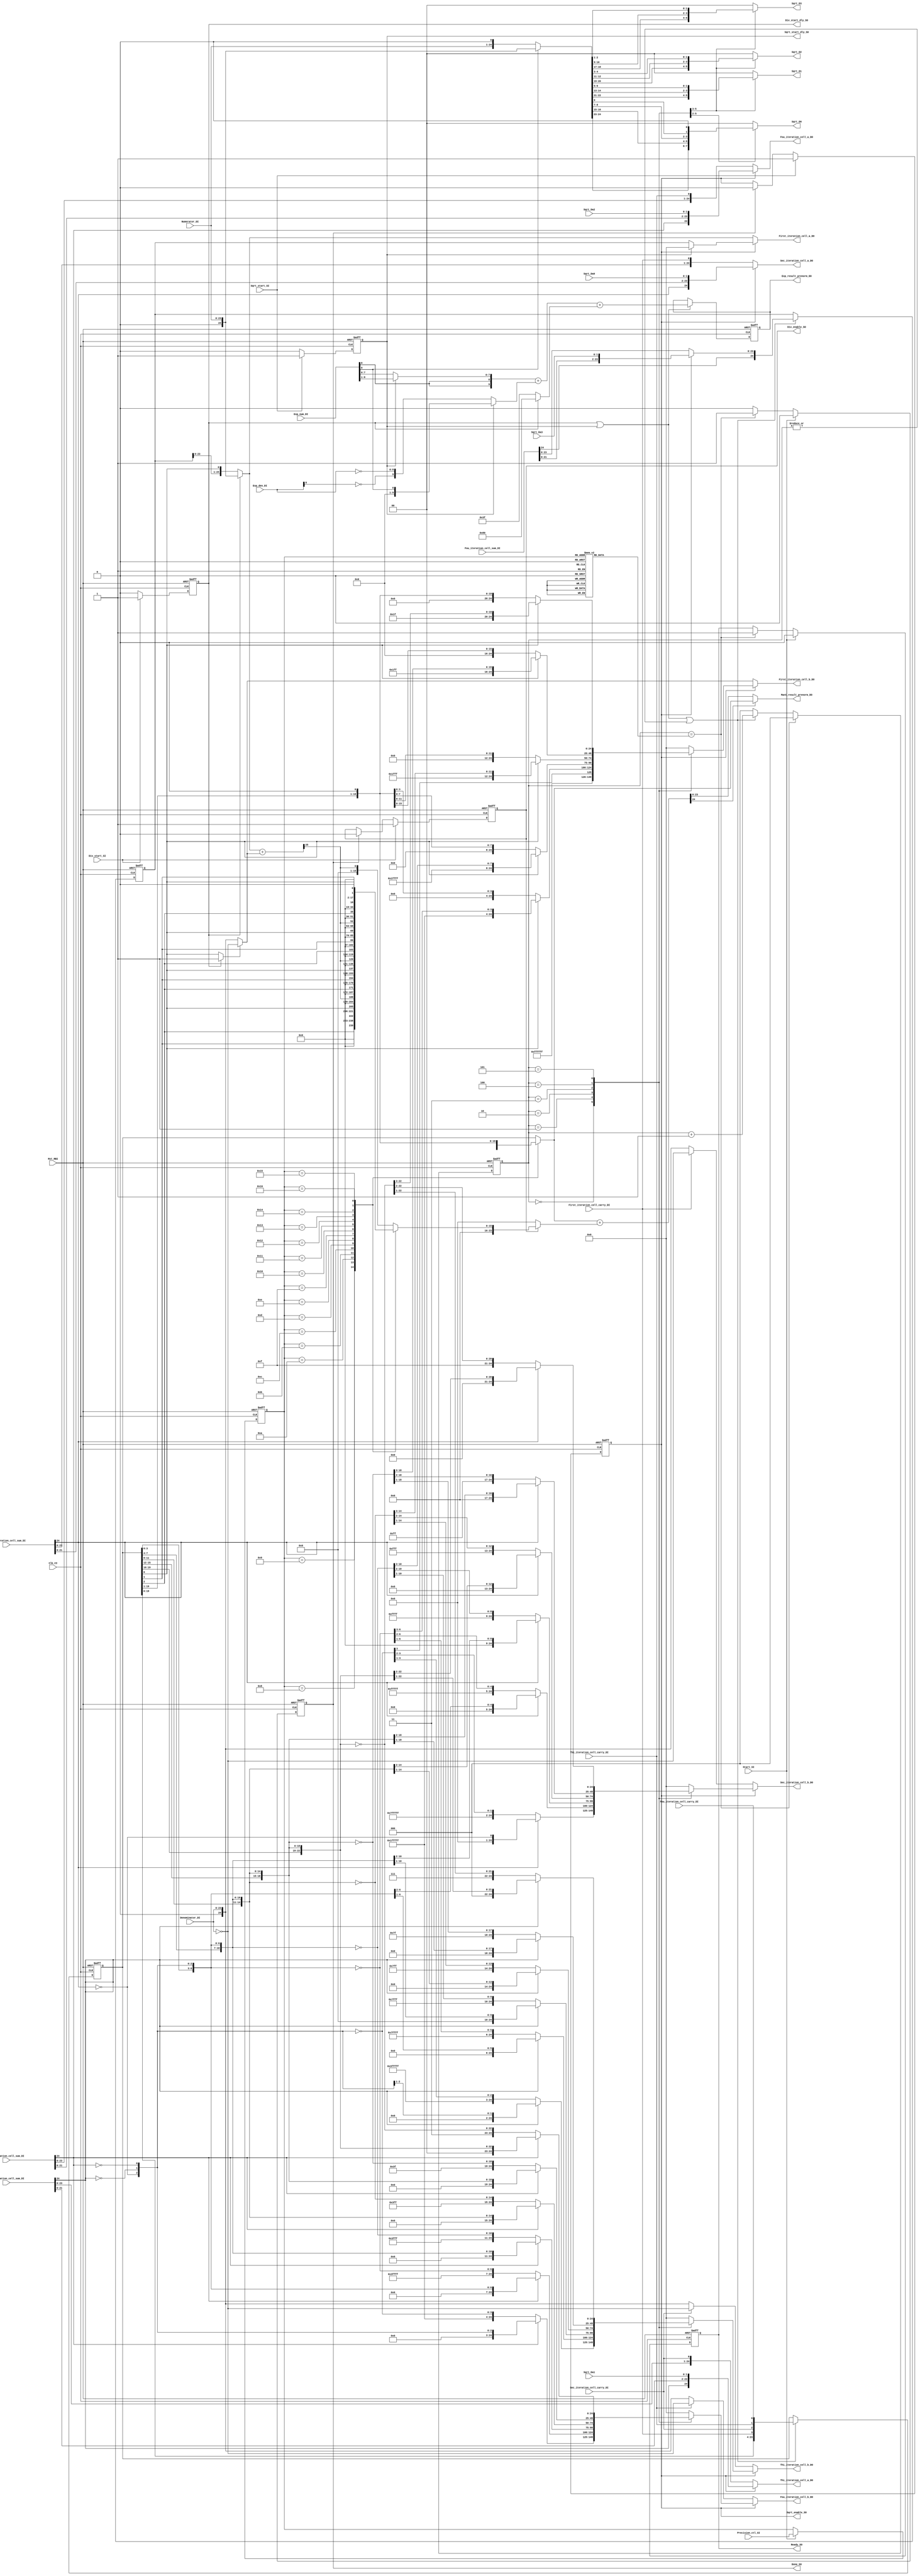
module control_tp 
#(
   parameter   Precision_ctl_Enable_S = 1
)
(
	Clk_CI,
	Rst_RBI,
	Div_start_SI,
	Sqrt_start_SI,
	Start_SI,
	Precision_ctl_SI,
	Numerator_DI,
	Exp_num_DI,
	Denominator_DI,
	Exp_den_DI,
	First_iteration_cell_sum_DI,
	First_iteration_cell_carry_DI,
	Sqrt_Da0,
	Sec_iteration_cell_sum_DI,
	Sec_iteration_cell_carry_DI,
	Sqrt_Da1,
	Thi_iteration_cell_sum_DI,
	Thi_iteration_cell_carry_DI,
	Sqrt_Da2,
	Fou_iteration_cell_sum_DI,
	Fou_iteration_cell_carry_DI,
	Sqrt_Da3,
	Div_start_dly_SO,
	Sqrt_start_dly_SO,
	Div_enable_SO,
	Sqrt_enable_SO,
	Sqrt_D0,
	Sqrt_D1,
	Sqrt_D2,
	Sqrt_D3,
	First_iteration_cell_a_DO,
	First_iteration_cell_b_DO,
	Sec_iteration_cell_a_DO,
	Sec_iteration_cell_b_DO,
	Thi_iteration_cell_a_DO,
	Thi_iteration_cell_b_DO,
	Fou_iteration_cell_a_DO,
	Fou_iteration_cell_b_DO,
	Ready_SO,
	Done_SO,
	Mant_result_prenorm_DO,
	Exp_result_prenorm_DO
);
parameter C_DIV_RM           = 2;
parameter C_DIV_RM_NEAREST   = 2'h0;
parameter C_DIV_RM_TRUNC     = 2'h1;
parameter C_DIV_RM_PLUSINF   = 2'h2;
parameter C_DIV_RM_MINUSINF  = 2'h3;
parameter C_DIV_PC           = 5;
parameter C_DIV_OP           = 32;
parameter C_DIV_MANT         = 23;
parameter C_DIV_EXP          = 8;
parameter C_DIV_BIAS         = 127;
parameter C_DIV_BIAS_AONE    = 8'h80;
parameter C_DIV_HALF_BIAS    = 63;
parameter C_DIV_MANT_PRENORM = C_DIV_MANT+1;
parameter C_DIV_EXP_ZERO     = 8'h00;
parameter C_DIV_EXP_ONE      = 8'h01;
parameter C_DIV_EXP_INF      = 8'hff;
parameter C_DIV_MANT_ZERO    = 23'h0;
parameter C_DIV_MANT_NAN     = 23'h400000;



parameter C_RM            = 2;
parameter C_RM_NEAREST    = 2'h0;
parameter C_RM_TRUNC      = 2'h1;
parameter C_RM_PLUSINF    = 2'h2;
parameter C_RM_MINUSINF   = 2'h3;
parameter C_PC            = 5;
parameter C_OP            = 32;
parameter C_MANT          = 23;
parameter C_EXP           = 8;
parameter C_BIAS          = 127;
parameter C_HALF_BIAS     = 63;
parameter C_LEADONE_WIDTH = 7;
parameter C_MANT_PRENORM  = C_MANT+1;
parameter C_EXP_ZERO      = 8'h00;
parameter C_EXP_ONE       = 8'h01;
parameter C_EXP_INF       = 8'hff;
parameter C_MANT_ZERO     = 23'h0;
parameter C_MANT_NAN      = 23'h400000;

parameter C_CMD               = 4;
parameter C_FPU_ADD_CMD       = 4'h0;
parameter C_FPU_SUB_CMD       = 4'h1;
parameter C_FPU_MUL_CMD       = 4'h2;
parameter C_FPU_DIV_CMD       = 4'h3;
parameter C_FPU_I2F_CMD       = 4'h4;
parameter C_FPU_F2I_CMD       = 4'h5;
parameter C_FPU_SQRT_CMD      = 4'h6;
parameter C_FPU_NOP_CMD       = 4'h7;
parameter C_FPU_FMADD_CMD     = 4'h8;
parameter C_FPU_FMSUB_CMD     = 4'h9;
parameter C_FPU_FNMADD_CMD    = 4'hA;
parameter C_FPU_FNMSUB_CMD    = 4'hB;
parameter C_RM_NEAREST_MAX = 3'h4;
parameter C_EXP_PRENORM  = C_EXP+2;
parameter C_MANT_ADDIN   = C_MANT+4;
parameter C_MANT_ADDOUT  = C_MANT+5;
parameter C_MANT_SHIFTIN = C_MANT+3;
parameter C_MANT_SHIFTED = C_MANT+4;
parameter C_MANT_INT     = C_OP-1;
parameter C_INF          = 32'h7fffffff;
parameter C_MINF         = 32'h80000000;
parameter C_EXP_SHIFT    = C_EXP_PRENORM;
parameter C_SHIFT_BIAS   = 9'd127;
parameter C_UNKNOWN      = 8'd157;
parameter C_PADMANT      = 16'b0;
parameter C_MANT_NoHB_ZERO   = 23'h0;
parameter C_MANT_PRENORM_IND = 6;
parameter F_QNAN         =32'h7FC00000;
parameter C_FFLAG         = 5;
	//parameter Precision_ctl_Enable_S = 1;
	input wire Clk_CI;
	input wire Rst_RBI;
	input wire Div_start_SI;
	input wire Sqrt_start_SI;
	input wire Start_SI;
	input wire [C_DIV_PC - 1:0] Precision_ctl_SI;
	input wire [C_DIV_MANT:0] Numerator_DI;
	input wire [C_DIV_EXP:0] Exp_num_DI;
	input wire [C_DIV_MANT:0] Denominator_DI;
	input wire [C_DIV_EXP:0] Exp_den_DI;
	input wire [C_DIV_MANT + 1:0] First_iteration_cell_sum_DI;
	input wire First_iteration_cell_carry_DI;
	input wire [1:0] Sqrt_Da0;
	input wire [C_DIV_MANT + 1:0] Sec_iteration_cell_sum_DI;
	input wire Sec_iteration_cell_carry_DI;
	input wire [1:0] Sqrt_Da1;
	input wire [C_DIV_MANT + 1:0] Thi_iteration_cell_sum_DI;
	input wire Thi_iteration_cell_carry_DI;
	input wire [1:0] Sqrt_Da2;
	input wire [C_DIV_MANT + 1:0] Fou_iteration_cell_sum_DI;
	input wire Fou_iteration_cell_carry_DI;
	input wire [1:0] Sqrt_Da3;
	output wire Div_start_dly_SO;
	output wire Sqrt_start_dly_SO;
	output reg Div_enable_SO;
	output reg Sqrt_enable_SO;
	output reg [1:0] Sqrt_D0;
	output reg [1:0] Sqrt_D1;
	output reg [1:0] Sqrt_D2;
	output reg [1:0] Sqrt_D3;
	output wire [C_DIV_MANT + 1:0] First_iteration_cell_a_DO;
	output wire [C_DIV_MANT + 1:0] First_iteration_cell_b_DO;
	output wire [C_DIV_MANT + 1:0] Sec_iteration_cell_a_DO;
	output wire [C_DIV_MANT + 1:0] Sec_iteration_cell_b_DO;
	output wire [C_DIV_MANT + 1:0] Thi_iteration_cell_a_DO;
	output wire [C_DIV_MANT + 1:0] Thi_iteration_cell_b_DO;
	output wire [C_DIV_MANT + 1:0] Fou_iteration_cell_a_DO;
	output wire [C_DIV_MANT + 1:0] Fou_iteration_cell_b_DO;
	output reg Ready_SO;
	output reg Done_SO;
	output wire [C_DIV_MANT:0] Mant_result_prenorm_DO;
	output wire [C_DIV_EXP + 1:0] Exp_result_prenorm_DO;
	reg [C_DIV_MANT + 1:0] Partial_remainder_DN;
	reg [C_DIV_MANT + 1:0] Partial_remainder_DP;
	reg [C_DIV_MANT:0] Quotient_DP;
	wire [C_DIV_MANT + 1:0] Numerator_se_D;
	wire [C_DIV_MANT + 1:0] Denominator_se_D;
	wire [C_DIV_MANT + 1:0] Denominator_se_DB;
	assign Numerator_se_D = {1'b0, Numerator_DI};
	assign Denominator_se_D = {1'b0, Denominator_DI};
	assign Denominator_se_DB = ~Denominator_se_D;
	wire [C_DIV_MANT + 1:0] Mant_D_sqrt_Norm;
	assign Mant_D_sqrt_Norm = (Exp_num_DI[0] ? {1'b0, Numerator_DI} : {Numerator_DI, 1'b0});
	reg [C_DIV_PC - 1:0] Precision_ctl_S;
	always @(posedge Clk_CI or negedge Rst_RBI)
		if (~Rst_RBI)
			Precision_ctl_S <= 'b0;
		else if (Start_SI) begin
			if (Precision_ctl_Enable_S == 1)
				Precision_ctl_S <= Precision_ctl_SI;
			else
				Precision_ctl_S <= 5'b10111;
		end
		else
			Precision_ctl_S <= Precision_ctl_S;
	reg [2:0] State_ctl_S;
	always @(*)
		if (Precision_ctl_Enable_S == 1)
			case (Precision_ctl_S)
				5'b01000, 5'b01001, 5'b01010, 5'b01011: State_ctl_S <= 3'b010;
				5'b01100, 5'b01101, 5'b01110, 5'b01111: State_ctl_S <= 3'b011;
				5'b10000, 5'b10001, 5'b10010, 5'b10011: State_ctl_S <= 3'b100;
				5'b10100, 5'b10101, 5'b10110, 5'b10111: State_ctl_S <= 3'b101;
				default: State_ctl_S <= 3'b101;
			endcase
		else
			State_ctl_S <= 3'b101;
	reg Div_start_dly_S;
	always @(posedge Clk_CI or negedge Rst_RBI)
		if (~Rst_RBI)
			Div_start_dly_S <= 1'b0;
		else if (Div_start_SI)
			Div_start_dly_S <= 1'b1;
		else
			Div_start_dly_S <= 1'b0;
	assign Div_start_dly_SO = Div_start_dly_S;
	always @(posedge Clk_CI or negedge Rst_RBI)
		if (~Rst_RBI)
			Div_enable_SO <= 1'b0;
		else if (Div_start_SI)
			Div_enable_SO <= 1'b1;
		else if (Done_SO)
			Div_enable_SO <= 1'b0;
		else
			Div_enable_SO <= Div_enable_SO;
	reg Sqrt_start_dly_S;
	always @(posedge Clk_CI or negedge Rst_RBI)
		if (~Rst_RBI)
			Sqrt_start_dly_S <= 1'b0;
		else if (Sqrt_start_SI)
			Sqrt_start_dly_S <= 1'b1;
		else
			Sqrt_start_dly_S <= 1'b0;
	assign Sqrt_start_dly_SO = Sqrt_start_dly_S;
	always @(posedge Clk_CI or negedge Rst_RBI)
		if (~Rst_RBI)
			Sqrt_enable_SO <= 1'b0;
		else if (Sqrt_start_SI)
			Sqrt_enable_SO <= 1'b1;
		else if (Done_SO)
			Sqrt_enable_SO <= 1'b0;
		else
			Sqrt_enable_SO <= Sqrt_enable_SO;
	reg [2:0] Crtl_cnt_S;
	wire Start_dly_S;
	assign Start_dly_S = Div_start_dly_S | Sqrt_start_dly_S;
	wire Fsm_enable_S;
	assign Fsm_enable_S = Start_dly_S | |Crtl_cnt_S[2:0];
	wire Final_state_S;
	assign Final_state_S = Crtl_cnt_S == State_ctl_S;
	always @(posedge Clk_CI or negedge Rst_RBI)
		if (~Rst_RBI)
			Crtl_cnt_S <= 1'sb0;
		else if (Final_state_S)
			Crtl_cnt_S <= 1'sb0;
		else if (Fsm_enable_S)
			Crtl_cnt_S <= Crtl_cnt_S + 1;
		else
			Crtl_cnt_S <= 1'sb0;
	always @(posedge Clk_CI or negedge Rst_RBI)
		if (~Rst_RBI)
			Done_SO <= 1'b0;
		else if (Start_SI)
			Done_SO <= 1'b0;
		else if (Final_state_S)
			Done_SO <= 1'b1;
		else
			Done_SO <= 1'b0;
	always @(posedge Clk_CI or negedge Rst_RBI)
		if (~Rst_RBI)
			Ready_SO <= 1'b1;
		else if (Start_SI)
			Ready_SO <= 1'b0;
		else if (Final_state_S)
			Ready_SO <= 1'b1;
		else
			Ready_SO <= Ready_SO;
	wire [C_DIV_MANT + 1:0] Sqrt_R0;
	wire [C_DIV_MANT + 1:0] Sqrt_R1;
	wire [C_DIV_MANT + 1:0] Sqrt_R2;
	wire [C_DIV_MANT + 1:0] Sqrt_R3;
	wire [C_DIV_MANT + 1:0] Sqrt_R4;
	wire [3:0] Qcnt0;
	wire [3:0] Q_cnt_cmp_0;
	wire [6:0] Qcnt1;
	wire [6:0] Q_cnt_cmp_1;
	wire [10:0] Qcnt2;
	wire [10:0] Q_cnt_cmp_2;
	wire [14:0] Qcnt3;
	wire [14:0] Q_cnt_cmp_3;
	wire [18:0] Qcnt4;
	wire [18:0] Q_cnt_cmp_4;
	wire [22:0] Qcnt5;
	wire [22:0] Q_cnt_cmp_5;
	reg [C_DIV_MANT + 1:0] Sqrt_Q0;
	reg [C_DIV_MANT + 1:0] Sqrt_Q1;
	reg [C_DIV_MANT + 1:0] Sqrt_Q2;
	reg [C_DIV_MANT + 1:0] Sqrt_Q3;
	wire [C_DIV_MANT + 1:0] Sqrt_Q4;
	reg [C_DIV_MANT + 1:0] Q_sqrt0;
	reg [C_DIV_MANT + 1:0] Q_sqrt1;
	reg [C_DIV_MANT + 1:0] Q_sqrt2;
	reg [C_DIV_MANT + 1:0] Q_sqrt3;
	reg [C_DIV_MANT + 1:0] Q_sqrt4;
	reg [C_DIV_MANT + 1:0] Q_sqrt_com_0;
	reg [C_DIV_MANT + 1:0] Q_sqrt_com_1;
	reg [C_DIV_MANT + 1:0] Q_sqrt_com_2;
	reg [C_DIV_MANT + 1:0] Q_sqrt_com_3;
	reg [C_DIV_MANT + 1:0] Q_sqrt_com_4;
	assign Qcnt0 = {1'b0, ~First_iteration_cell_sum_DI[24], ~Sec_iteration_cell_sum_DI[24], ~Thi_iteration_cell_sum_DI[24]};
	assign Qcnt1 = {Quotient_DP[3:0], ~First_iteration_cell_sum_DI[24], ~Sec_iteration_cell_sum_DI[24], ~Thi_iteration_cell_sum_DI[24]};
	assign Qcnt2 = {Quotient_DP[7:0], ~First_iteration_cell_sum_DI[24], ~Sec_iteration_cell_sum_DI[24], ~Thi_iteration_cell_sum_DI[24]};
	assign Qcnt3 = {Quotient_DP[11:0], ~First_iteration_cell_sum_DI[24], ~Sec_iteration_cell_sum_DI[24], ~Thi_iteration_cell_sum_DI[24]};
	assign Qcnt4 = {Quotient_DP[15:0], ~First_iteration_cell_sum_DI[24], ~Sec_iteration_cell_sum_DI[24], ~Thi_iteration_cell_sum_DI[24]};
	assign Qcnt5 = {Quotient_DP[19:0], ~First_iteration_cell_sum_DI[24], ~Sec_iteration_cell_sum_DI[24], ~Thi_iteration_cell_sum_DI[24]};
	assign Q_cnt_cmp_0 = ~Qcnt0;
	assign Q_cnt_cmp_1 = ~Qcnt1;
	assign Q_cnt_cmp_2 = ~Qcnt2;
	assign Q_cnt_cmp_3 = ~Qcnt3;
	assign Q_cnt_cmp_4 = ~Qcnt4;
	assign Q_cnt_cmp_5 = ~Qcnt5;
	always @(*)
		case (Crtl_cnt_S)
			3'b000: begin
				Sqrt_D0 = Mant_D_sqrt_Norm[C_DIV_MANT + 1:C_DIV_MANT];
				Sqrt_D1 = Mant_D_sqrt_Norm[C_DIV_MANT - 1:C_DIV_MANT - 2];
				Sqrt_D2 = Mant_D_sqrt_Norm[C_DIV_MANT - 3:C_DIV_MANT - 4];
				Sqrt_D3 = Mant_D_sqrt_Norm[C_DIV_MANT - 5:C_DIV_MANT - 6];
				Q_sqrt0 = {24'h000000, Qcnt0[3]};
				Q_sqrt1 = {23'h000000, Qcnt0[3:2]};
				Q_sqrt2 = {22'h000000, Qcnt0[3:1]};
				Q_sqrt3 = {21'h000000, Qcnt0[3:0]};
				Q_sqrt_com_0 = {24'hffffff, Q_cnt_cmp_0[3]};
				Q_sqrt_com_1 = {23'h7fffff, Q_cnt_cmp_0[3:2]};
				Q_sqrt_com_2 = {22'h3fffff, Q_cnt_cmp_0[3:1]};
				Q_sqrt_com_3 = {21'h1fffff, Q_cnt_cmp_0[3:0]};
				Sqrt_Q0 = Q_sqrt_com_0;
				Sqrt_Q1 = (First_iteration_cell_sum_DI[24] ? Q_sqrt1 : Q_sqrt_com_1);
				Sqrt_Q2 = (Sec_iteration_cell_sum_DI[24] ? Q_sqrt2 : Q_sqrt_com_2);
				Sqrt_Q3 = (Thi_iteration_cell_sum_DI[24] ? Q_sqrt3 : Q_sqrt_com_3);
			end
			3'b001: begin
				Sqrt_D0 = Mant_D_sqrt_Norm[C_DIV_MANT - 7:C_DIV_MANT - 8];
				Sqrt_D1 = Mant_D_sqrt_Norm[C_DIV_MANT - 9:C_DIV_MANT - 10];
				Sqrt_D2 = Mant_D_sqrt_Norm[C_DIV_MANT - 11:C_DIV_MANT - 12];
				Sqrt_D3 = Mant_D_sqrt_Norm[C_DIV_MANT - 13:C_DIV_MANT - 14];
				Q_sqrt0 = {21'h000000, Qcnt1[6:3]};
				Q_sqrt1 = {20'h00000, Qcnt1[6:2]};
				Q_sqrt2 = {19'h00000, Qcnt1[6:1]};
				Q_sqrt3 = {18'h00000, Qcnt1[6:0]};
				Q_sqrt_com_0 = {21'h1fffff, Q_cnt_cmp_1[6:3]};
				Q_sqrt_com_1 = {20'hfffff, Q_cnt_cmp_1[6:2]};
				Q_sqrt_com_2 = {19'h7ffff, Q_cnt_cmp_1[6:1]};
				Q_sqrt_com_3 = {18'h3ffff, Q_cnt_cmp_1[6:0]};
				Sqrt_Q0 = (Quotient_DP[0] ? Q_sqrt_com_0 : Q_sqrt0);
				Sqrt_Q1 = (First_iteration_cell_sum_DI[24] ? Q_sqrt1 : Q_sqrt_com_1);
				Sqrt_Q2 = (Sec_iteration_cell_sum_DI[24] ? Q_sqrt2 : Q_sqrt_com_2);
				Sqrt_Q3 = (Thi_iteration_cell_sum_DI[24] ? Q_sqrt3 : Q_sqrt_com_3);
			end
			3'b010: begin
				Sqrt_D0 = Mant_D_sqrt_Norm[C_DIV_MANT - 15:C_DIV_MANT - 16];
				Sqrt_D1 = Mant_D_sqrt_Norm[C_DIV_MANT - 17:C_DIV_MANT - 18];
				Sqrt_D2 = Mant_D_sqrt_Norm[C_DIV_MANT - 19:C_DIV_MANT - 20];
				Sqrt_D3 = Mant_D_sqrt_Norm[C_DIV_MANT - 21:C_DIV_MANT - 22];
				Q_sqrt0 = {17'h00000, Qcnt2[10:3]};
				Q_sqrt1 = {16'h0000, Qcnt2[10:2]};
				Q_sqrt2 = {15'h0000, Qcnt2[10:1]};
				Q_sqrt3 = {14'h0000, Qcnt2[10:0]};
				Q_sqrt_com_0 = {17'h1ffff, Q_cnt_cmp_2[10:3]};
				Q_sqrt_com_1 = {16'hffff, Q_cnt_cmp_2[10:2]};
				Q_sqrt_com_2 = {15'h7fff, Q_cnt_cmp_2[10:1]};
				Q_sqrt_com_3 = {14'h3fff, Q_cnt_cmp_2[10:0]};
				Sqrt_Q0 = (Quotient_DP[0] ? Q_sqrt_com_0 : Q_sqrt0);
				Sqrt_Q1 = (First_iteration_cell_sum_DI[24] ? Q_sqrt1 : Q_sqrt_com_1);
				Sqrt_Q2 = (Sec_iteration_cell_sum_DI[24] ? Q_sqrt2 : Q_sqrt_com_2);
				Sqrt_Q3 = (Thi_iteration_cell_sum_DI[24] ? Q_sqrt3 : Q_sqrt_com_3);
			end
			3'b011: begin
				Sqrt_D0 = {Mant_D_sqrt_Norm[0], 1'b0};
				Sqrt_D1 = 1'sb0;
				Sqrt_D2 = 1'sb0;
				Sqrt_D3 = 1'sb0;
				Q_sqrt0 = {13'h0000, Qcnt3[14:3]};
				Q_sqrt1 = {12'h000, Qcnt3[14:2]};
				Q_sqrt2 = {11'h000, Qcnt3[14:1]};
				Q_sqrt3 = {10'h000, Qcnt3[14:0]};
				Q_sqrt_com_0 = {13'h1fff, Q_cnt_cmp_3[14:3]};
				Q_sqrt_com_1 = {12'hfff, Q_cnt_cmp_3[14:2]};
				Q_sqrt_com_2 = {11'h7ff, Q_cnt_cmp_3[14:1]};
				Q_sqrt_com_3 = {10'h3ff, Q_cnt_cmp_3[14:0]};
				Sqrt_Q0 = (Quotient_DP[0] ? Q_sqrt_com_0 : Q_sqrt0);
				Sqrt_Q1 = (First_iteration_cell_sum_DI[24] ? Q_sqrt1 : Q_sqrt_com_1);
				Sqrt_Q2 = (Sec_iteration_cell_sum_DI[24] ? Q_sqrt2 : Q_sqrt_com_2);
				Sqrt_Q3 = (Thi_iteration_cell_sum_DI[24] ? Q_sqrt3 : Q_sqrt_com_3);
			end
			3'b100: begin
				Sqrt_D0 = 1'sb0;
				Sqrt_D1 = 1'sb0;
				Sqrt_D2 = 1'sb0;
				Sqrt_D3 = 1'sb0;
				Q_sqrt0 = {9'h000, Qcnt4[18:3]};
				Q_sqrt1 = {8'h00, Qcnt4[18:2]};
				Q_sqrt2 = {7'h00, Qcnt4[18:1]};
				Q_sqrt3 = {6'h00, Qcnt4[18:0]};
				Q_sqrt_com_0 = {9'h1ff, Q_cnt_cmp_4[18:3]};
				Q_sqrt_com_1 = {8'hff, Q_cnt_cmp_4[18:2]};
				Q_sqrt_com_2 = {7'h7f, Q_cnt_cmp_4[18:1]};
				Q_sqrt_com_3 = {6'h3f, Q_cnt_cmp_4[18:0]};
				Sqrt_Q0 = (Quotient_DP[0] ? Q_sqrt_com_0 : Q_sqrt0);
				Sqrt_Q1 = (First_iteration_cell_sum_DI[24] ? Q_sqrt1 : Q_sqrt_com_1);
				Sqrt_Q2 = (Sec_iteration_cell_sum_DI[24] ? Q_sqrt2 : Q_sqrt_com_2);
				Sqrt_Q3 = (Thi_iteration_cell_sum_DI[24] ? Q_sqrt3 : Q_sqrt_com_3);
			end
			3'b101: begin
				Sqrt_D0 = 1'sb0;
				Sqrt_D1 = 1'sb0;
				Sqrt_D2 = 1'sb0;
				Sqrt_D3 = 1'sb0;
				Q_sqrt0 = {5'h00, Qcnt5[22:3]};
				Q_sqrt1 = {4'h0, Qcnt5[22:2]};
				Q_sqrt2 = {3'h0, Qcnt5[22:1]};
				Q_sqrt3 = {2'h0, Qcnt5[22:0]};
				Q_sqrt_com_0 = {5'h1f, Q_cnt_cmp_5[22:3]};
				Q_sqrt_com_1 = {4'hf, Q_cnt_cmp_5[22:2]};
				Q_sqrt_com_2 = {3'h7, Q_cnt_cmp_5[22:1]};
				Q_sqrt_com_3 = {2'h3, Q_cnt_cmp_5[22:0]};
				Sqrt_Q0 = (Quotient_DP[0] ? Q_sqrt_com_0 : Q_sqrt0);
				Sqrt_Q1 = (First_iteration_cell_sum_DI[24] ? Q_sqrt1 : Q_sqrt_com_1);
				Sqrt_Q2 = (Sec_iteration_cell_sum_DI[24] ? Q_sqrt2 : Q_sqrt_com_2);
				Sqrt_Q3 = (Thi_iteration_cell_sum_DI[24] ? Q_sqrt3 : Q_sqrt_com_3);
			end
			default: begin
				Sqrt_D0 = 1'sb0;
				Sqrt_D1 = 1'sb0;
				Sqrt_D2 = 1'sb0;
				Sqrt_D3 = 1'sb0;
				Q_sqrt0 = 1'sb0;
				Q_sqrt1 = 1'sb0;
				Q_sqrt2 = 1'sb0;
				Q_sqrt3 = 1'sb0;
				Q_sqrt4 = 1'sb0;
				Q_sqrt_com_0 = 1'sb0;
				Q_sqrt_com_1 = 1'sb0;
				Q_sqrt_com_2 = 1'sb0;
				Q_sqrt_com_3 = 1'sb0;
				Q_sqrt_com_4 = 1'sb0;
				Sqrt_Q0 = 1'sb0;
				Sqrt_Q1 = 1'sb0;
				Sqrt_Q2 = 1'sb0;
				Sqrt_Q3 = 1'sb0;
			end
		endcase
	assign Sqrt_R0 = (Sqrt_start_dly_S ? {((C_DIV_MANT + 1) >= 0 ? C_DIV_MANT + 2 : 1 - (C_DIV_MANT + 1)) {1'sb0}} : Partial_remainder_DP);
	assign Sqrt_R1 = {First_iteration_cell_sum_DI[24], First_iteration_cell_sum_DI[21:0], Sqrt_Da0};
	assign Sqrt_R2 = {Sec_iteration_cell_sum_DI[24], Sec_iteration_cell_sum_DI[21:0], Sqrt_Da1};
	assign Sqrt_R3 = {Thi_iteration_cell_sum_DI[24], Thi_iteration_cell_sum_DI[21:0], Sqrt_Da2};
	assign Sqrt_R4 = {Fou_iteration_cell_sum_DI[24], Fou_iteration_cell_sum_DI[21:0], Sqrt_Da3};
	wire [C_DIV_MANT + 1:0] First_iteration_cell_div_a_D;
	wire [C_DIV_MANT + 1:0] First_iteration_cell_div_b_D;
	wire Sel_b_for_first_S;
	assign First_iteration_cell_div_a_D = (Div_start_dly_S ? Numerator_se_D : {Partial_remainder_DP[C_DIV_MANT:0], Quotient_DP[0]});
	assign Sel_b_for_first_S = (Div_start_dly_S ? 1 : Quotient_DP[0]);
	assign First_iteration_cell_div_b_D = (Sel_b_for_first_S ? Denominator_se_DB : Denominator_se_D);
	assign First_iteration_cell_a_DO = (Sqrt_enable_SO ? Sqrt_R0 : First_iteration_cell_div_a_D);
	assign First_iteration_cell_b_DO = (Sqrt_enable_SO ? Sqrt_Q0 : First_iteration_cell_div_b_D);
	wire [C_DIV_MANT + 1:0] Sec_iteration_cell_div_a_D;
	wire [C_DIV_MANT + 1:0] Sec_iteration_cell_div_b_D;
	wire Sel_b_for_sec_S;
	assign Sec_iteration_cell_div_a_D = {First_iteration_cell_sum_DI[C_DIV_MANT:0], First_iteration_cell_carry_DI};
	assign Sel_b_for_sec_S = First_iteration_cell_carry_DI;
	assign Sec_iteration_cell_div_b_D = (Sel_b_for_sec_S ? Denominator_se_DB : Denominator_se_D);
	assign Sec_iteration_cell_a_DO = (Sqrt_enable_SO ? Sqrt_R1 : Sec_iteration_cell_div_a_D);
	assign Sec_iteration_cell_b_DO = (Sqrt_enable_SO ? Sqrt_Q1 : Sec_iteration_cell_div_b_D);
	wire [C_DIV_MANT + 1:0] Thi_iteration_cell_div_a_D;
	wire [C_DIV_MANT + 1:0] Thi_iteration_cell_div_b_D;
	wire Sel_b_for_thi_S;
	assign Thi_iteration_cell_div_a_D = {Sec_iteration_cell_sum_DI[C_DIV_MANT:0], Sec_iteration_cell_carry_DI};
	assign Sel_b_for_thi_S = Sec_iteration_cell_carry_DI;
	assign Thi_iteration_cell_div_b_D = (Sel_b_for_thi_S ? Denominator_se_DB : Denominator_se_D);
	assign Thi_iteration_cell_a_DO = (Sqrt_enable_SO ? Sqrt_R2 : Thi_iteration_cell_div_a_D);
	assign Thi_iteration_cell_b_DO = (Sqrt_enable_SO ? Sqrt_Q2 : Thi_iteration_cell_div_b_D);
	wire [C_DIV_MANT + 1:0] Fou_iteration_cell_div_a_D;
	wire [C_DIV_MANT + 1:0] Fou_iteration_cell_div_b_D;
	wire Sel_b_for_fou_S;
	assign Fou_iteration_cell_div_a_D = {Thi_iteration_cell_sum_DI[C_DIV_MANT:0], Thi_iteration_cell_carry_DI};
	assign Sel_b_for_fou_S = Thi_iteration_cell_carry_DI;
	assign Fou_iteration_cell_div_b_D = (Sel_b_for_fou_S ? Denominator_se_DB : Denominator_se_D);
	assign Fou_iteration_cell_a_DO = (Sqrt_enable_SO ? Sqrt_R3 : Fou_iteration_cell_div_a_D);
	assign Fou_iteration_cell_b_DO = (Sqrt_enable_SO ? Sqrt_Q3 : Fou_iteration_cell_div_b_D);
	always @(*)
		if (Fsm_enable_S)
			Partial_remainder_DN = (Sqrt_enable_SO ? Sqrt_R4 : Fou_iteration_cell_sum_DI);
		else
			Partial_remainder_DN = Partial_remainder_DP;
	always @(posedge Clk_CI or negedge Rst_RBI)
		if (~Rst_RBI)
			Partial_remainder_DP <= 1'sb0;
		else
			Partial_remainder_DP <= Partial_remainder_DN;
	reg [C_DIV_MANT:0] Quotient_DN;
	always @(*)
		if (Fsm_enable_S)
			Quotient_DN = {Quotient_DP[C_DIV_MANT - 4:0], First_iteration_cell_carry_DI, Sec_iteration_cell_carry_DI, Thi_iteration_cell_carry_DI, Fou_iteration_cell_carry_DI};
		else
			Quotient_DN = Quotient_DP;
	always @(posedge Clk_CI or negedge Rst_RBI)
		if (~Rst_RBI)
			Quotient_DP <= 1'sb0;
		else
			Quotient_DP <= Quotient_DN;
	wire Msc_D;
	wire [C_DIV_MANT + 1:0] Sum_msc_D;
	assign {Msc_D, Sum_msc_D} = First_iteration_cell_div_a_D + First_iteration_cell_div_b_D;
	reg [C_DIV_MANT:0] Mant_result_prenorm_noncorrect_D;
	reg [C_DIV_MANT:0] Msc_forcorrect_D;
	wire [C_DIV_MANT + 1:0] Mant_result_prenorm_correct_D;
	always @(*)
		if (Precision_ctl_Enable_S == 1)
			case (Precision_ctl_S)
				5'b01000: begin
					Mant_result_prenorm_noncorrect_D = {Quotient_DP[C_DIV_MANT - 12:3], 15'b000000000000000};
					Msc_forcorrect_D = {8'b00000000, Quotient_DP[2], 15'b000000000000000};
				end
				5'b01001: begin
					Mant_result_prenorm_noncorrect_D = {Quotient_DP[C_DIV_MANT - 12:2], 14'b00000000000000};
					Msc_forcorrect_D = {9'b000000000, Quotient_DP[1], 14'b00000000000000};
				end
				5'b01010: begin
					Mant_result_prenorm_noncorrect_D = {Quotient_DP[C_DIV_MANT - 12:1], 13'b0000000000000};
					Msc_forcorrect_D = {10'b0000000000, Quotient_DP[0], 13'b0000000000000};
				end
				5'b01011: begin
					Mant_result_prenorm_noncorrect_D = {Quotient_DP[C_DIV_MANT - 12:0], 12'b000000000000};
					Msc_forcorrect_D = {11'b00000000000, Msc_D, 12'b000000000000};
				end
				5'b01100: begin
					Mant_result_prenorm_noncorrect_D = {Quotient_DP[C_DIV_MANT - 8:3], 11'b00000000000};
					Msc_forcorrect_D = {12'b000000000000, Quotient_DP[2], 11'b00000000000};
				end
				5'b01101: begin
					Mant_result_prenorm_noncorrect_D = {Quotient_DP[C_DIV_MANT - 8:2], 10'b0000000000};
					Msc_forcorrect_D = {13'b0000000000000, Quotient_DP[1], 10'b0000000000};
				end
				5'b01110: begin
					Mant_result_prenorm_noncorrect_D = {Quotient_DP[C_DIV_MANT - 8:1], 9'b000000000};
					Msc_forcorrect_D = {14'b00000000000000, Quotient_DP[0], 9'b000000000};
				end
				5'b01111: begin
					Mant_result_prenorm_noncorrect_D = {Quotient_DP[C_DIV_MANT - 8:0], 8'b00000000};
					Msc_forcorrect_D = {15'b000000000000000, Msc_D, 8'b00000000};
				end
				5'b10000: begin
					Mant_result_prenorm_noncorrect_D = {Quotient_DP[C_DIV_MANT - 4:3], 7'b0000000};
					Msc_forcorrect_D = {16'b0000000000000000, Quotient_DP[2], 7'b0000000};
				end
				5'b10001: begin
					Mant_result_prenorm_noncorrect_D = {Quotient_DP[C_DIV_MANT - 4:2], 6'b000000};
					Msc_forcorrect_D = {17'b00000000000000000, Quotient_DP[1], 6'b000000};
				end
				5'b10010: begin
					Mant_result_prenorm_noncorrect_D = {Quotient_DP[C_DIV_MANT - 4:1], 5'b00000};
					Msc_forcorrect_D = {18'b000000000000000000, Quotient_DP[0], 5'b00000};
				end
				5'b10011: begin
					Mant_result_prenorm_noncorrect_D = {Quotient_DP[C_DIV_MANT - 4:0], 4'b0000};
					Msc_forcorrect_D = {19'b0000000000000000000, Msc_D, 4'b0000};
				end
				5'b10100: begin
					Mant_result_prenorm_noncorrect_D = {Quotient_DP[C_DIV_MANT:3], 3'b000};
					Msc_forcorrect_D = {20'b00000000000000000000, Quotient_DP[2], 3'b000};
				end
				5'b10101: begin
					Mant_result_prenorm_noncorrect_D = {Quotient_DP[C_DIV_MANT:2], 2'b00};
					Msc_forcorrect_D = {21'b000000000000000000000, Quotient_DP[1], 2'b00};
				end
				5'b10110: begin
					Mant_result_prenorm_noncorrect_D = {Quotient_DP[C_DIV_MANT:1], 1'b0};
					Msc_forcorrect_D = {22'b0000000000000000000000, Quotient_DP[0], 1'b0};
				end
				5'b10111: begin
					Mant_result_prenorm_noncorrect_D = Quotient_DP[C_DIV_MANT:0];
					Msc_forcorrect_D = {23'b00000000000000000000000, Msc_D};
				end
				default: begin
					Mant_result_prenorm_noncorrect_D = Quotient_DP[C_DIV_MANT:0];
					Msc_forcorrect_D = {23'b00000000000000000000000, Msc_D};
				end
			endcase
		else begin
			Mant_result_prenorm_noncorrect_D = Quotient_DP[C_DIV_MANT:0];
			Msc_forcorrect_D = {23'b00000000000000000000000, Msc_D};
		end
	assign Mant_result_prenorm_correct_D = Mant_result_prenorm_noncorrect_D + {(Div_enable_SO ? Msc_forcorrect_D : 24'b000000000000000000000000)};
	assign Mant_result_prenorm_DO = (Mant_result_prenorm_correct_D[C_DIV_MANT + 1] ? Mant_result_prenorm_noncorrect_D : Mant_result_prenorm_correct_D[C_DIV_MANT:0]);
	wire [C_DIV_EXP + 1:0] Exp_result_prenorm_DN;
	reg [C_DIV_EXP + 1:0] Exp_result_prenorm_DP;
	wire [C_DIV_EXP + 1:0] Exp_add_a_D;
	wire [C_DIV_EXP + 1:0] Exp_add_b_D;
	wire [C_DIV_EXP + 1:0] Exp_add_c_D;
	assign Exp_add_a_D = {(Sqrt_start_dly_S ? {Exp_num_DI[C_DIV_EXP], Exp_num_DI[C_DIV_EXP], Exp_num_DI[C_DIV_EXP], Exp_num_DI[C_DIV_EXP:1]} : {Exp_num_DI[C_DIV_EXP], Exp_num_DI[C_DIV_EXP], Exp_num_DI})};
	assign Exp_add_b_D = {(Sqrt_start_dly_S ? {1'b0, {C_DIV_EXP_ZERO}, Exp_num_DI[0]} : {~Exp_den_DI[C_DIV_EXP], ~Exp_den_DI[C_DIV_EXP], ~Exp_den_DI})};
	assign Exp_add_c_D = {(Div_start_dly_S ? {2'b00, {C_DIV_BIAS_AONE}} : {2'b00, {C_DIV_HALF_BIAS}})};
	assign Exp_result_prenorm_DN = (Start_dly_S ? {(Exp_add_a_D + Exp_add_b_D) + Exp_add_c_D} : Exp_result_prenorm_DP);
	always @(posedge Clk_CI or negedge Rst_RBI)
		if (~Rst_RBI)
			Exp_result_prenorm_DP <= 1'sb0;
		else
			Exp_result_prenorm_DP <= Exp_result_prenorm_DN;
	assign Exp_result_prenorm_DO = Exp_result_prenorm_DP;
endmodule